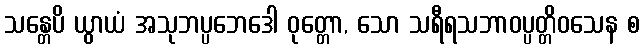
သန္တေပိ ယွာယံ အသုဘပ္ပဘေဒေါ ဝုတ္တော, သော သရီရသဘာဝပ္ပတ္တိဝသေန စ